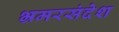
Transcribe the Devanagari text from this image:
भ्रमरसंदेश